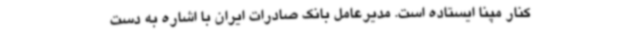
کنار مپنا ایستاده است. مدیرعامل بانک صادرات ایران با اشاره به دست